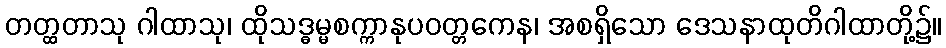
တတ္ထတာသု ဂါထာသု၊ ထိုသဒ္ဓမ္မစက္ကာနုပဝတ္တကေန၊ အစရှိသော ဒေသနာထုတိဂါထာတို့၌။